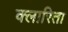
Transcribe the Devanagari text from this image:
क्लारिता